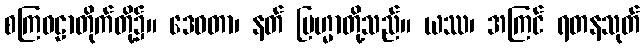
စကြဝဠာတိုက်တို့၌။ ဒေဝတာ၊ နတ် ဗြဟ္မာတို့သည်။ ယဿ၊ အကြင် ရတနသုတ်